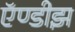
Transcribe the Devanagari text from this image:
ऍण्डीझ